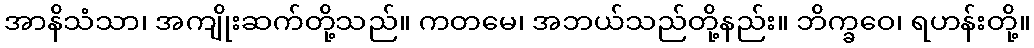
အာနိသံသာ၊ အကျိုးဆက်တို့သည်။ ကတမေ၊ အဘယ်သည်တို့နည်း။ ဘိက္ခဝေ၊ ရဟန်းတို့။